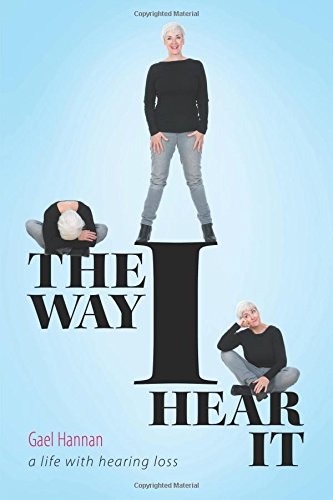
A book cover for The Way I Hear It A Life with Hearing Loss; Gael Hannan; Self-Help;